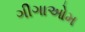
ગીગાઓમ